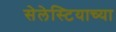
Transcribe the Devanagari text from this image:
सेलेस्टियाच्या